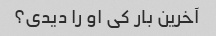
آخرین بار کی او را دیدی؟